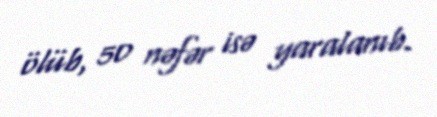
ölüb, 50 nəfər isə yaralanıb.